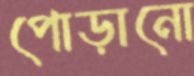
পোড়ানো